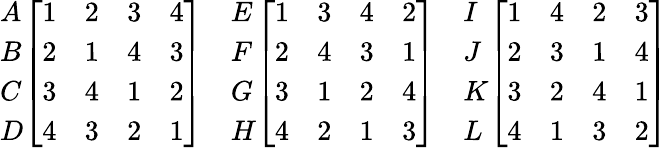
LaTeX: {\begin{array}{l}{A}\\ {B}\\ {C}\\ {D}\end{array}}{\left[\begin{array}{llll}{1}&{2}&{3}&{4}\\ {2}&{1}&{4}&{3}\\ {3}&{4}&{1}&{2}\\ {4}&{3}&{2}&{1}\end{array}\right]}\quad{\begin{array}{l}{E}\\ {F}\\ {G}\\ {H}\end{array}}{\left[\begin{array}{llll}{1}&{3}&{4}&{2}\\ {2}&{4}&{3}&{1}\\ {3}&{1}&{2}&{4}\\ {4}&{2}&{1}&{3}\end{array}\right]}\quad{\begin{array}{l}{I}\\ {J}\\ {K}\\ {L}\end{array}}{\left[\begin{array}{llll}{1}&{4}&{2}&{3}\\ {2}&{3}&{1}&{4}\\ {3}&{2}&{4}&{1}\\ {4}&{1}&{3}&{2}\end{array}\right]}